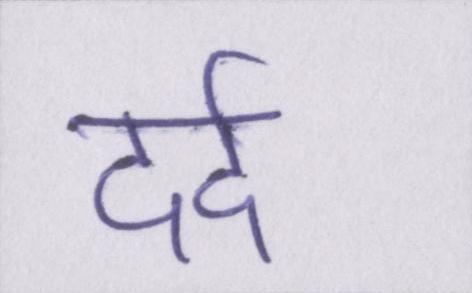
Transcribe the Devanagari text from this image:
दर्द